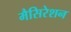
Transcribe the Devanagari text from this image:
मैसिरेशन